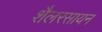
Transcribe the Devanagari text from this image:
शैलरसायन